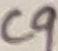
Text: C9